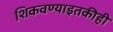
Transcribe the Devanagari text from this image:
शिकवण्याइतकीही